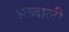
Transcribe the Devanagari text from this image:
अब्‍दाली